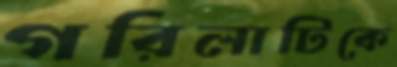
গরিলাটিকে